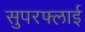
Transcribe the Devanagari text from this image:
सुपरफ्लाई